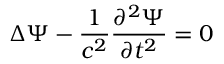
\Delta \Psi - { \frac { 1 } { c ^ { 2 } } } { \frac { \partial ^ { 2 } \Psi } { \partial t ^ { 2 } } } = 0